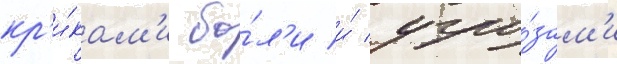
кр'и́кам'и бо́л'и и́ угро́зам'и